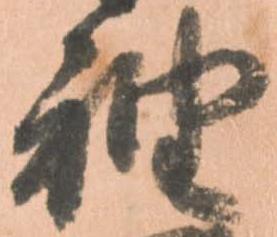
袖